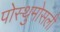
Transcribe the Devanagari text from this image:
पोस्थुमोसली